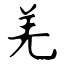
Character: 羌